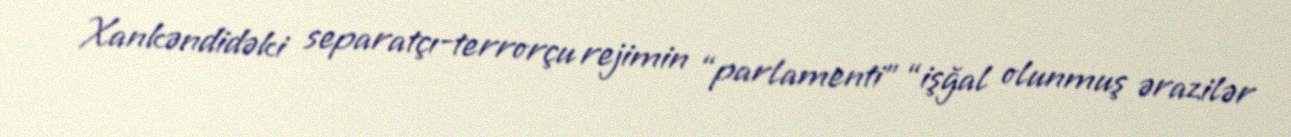
Xankəndidəki separatçı-terrorçu rejimin “parlamenti” “işğal olunmuş ərazilər